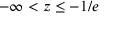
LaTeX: - \infty < z \leq - 1 / e